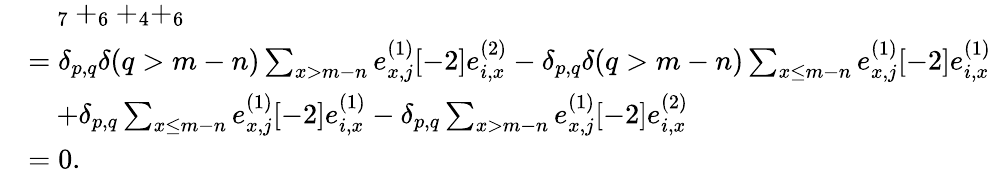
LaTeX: \begin{array}{rl}&{\quad_{7}+_{6}+_{4}+_{6}}\\ &{=\delta_{p,q}\delta(q>m-n)\sum_{x>m-n}e_{x,j}^{(1)}[-2]e_{i,x}^{(2)}-\delta_{p,q}\delta(q>m-n)\sum_{\substack{x\leq m-n}}e_{x,j}^{(1)}[-2]e_{i,x}^{(1)}}\\ &{\quad+\delta_{p,q}\sum_{\substack{x\leq m-n}}e_{x,j}^{(1)}[-2]e_{i,x}^{(1)}-\delta_{p,q}\sum_{x>m-n}e_{x,j}^{(1)}[-2]e_{i,x}^{(2)}}\\ &{=0.}\end{array}